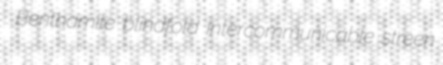
Benthamite blindfold intercommunicable streen